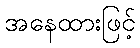
အနေထားဖြင့်